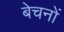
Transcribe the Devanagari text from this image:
बेचनों